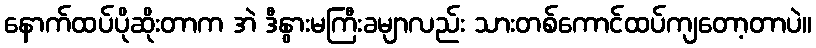
နောက်ထပ်ပိုဆိုးတာက အဲ ဒီနွားမကြီးခမျာလည်း သားတစ်ကောင်ထပ်ကျတော့တာပဲ။